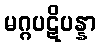
မဂ္ဂပဋိပန္နာ